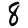
Digit: 8